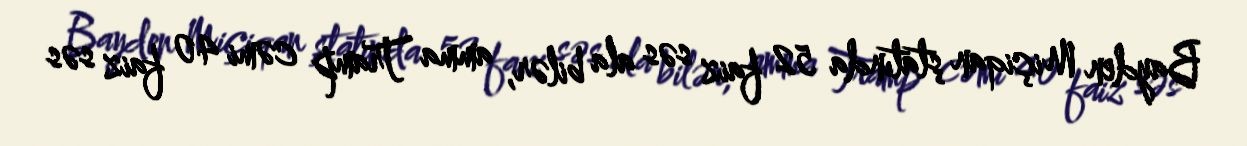
Bayden Miçiqan ştatında 52 faiz səs ala bilər, amma Tramp cəmi 40 faiz səs